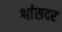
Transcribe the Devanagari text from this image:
श्वांसदर